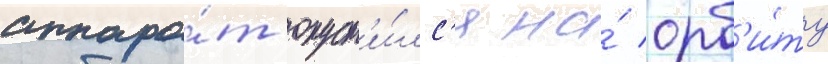
аппара́т опуст'и́лс'я на́ орб'и́ту